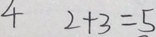
4 2 + 3 = 5